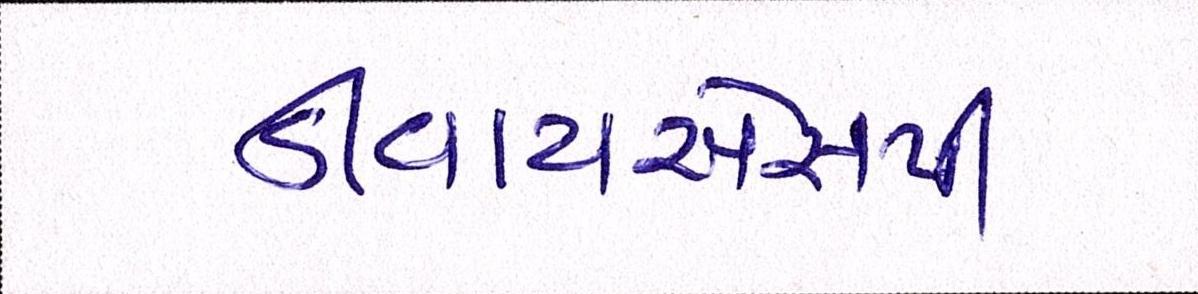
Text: ડીવાયએસપી